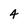
Character: 4